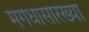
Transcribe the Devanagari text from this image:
मगधासारख्या